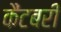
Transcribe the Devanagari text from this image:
कैंटबरी